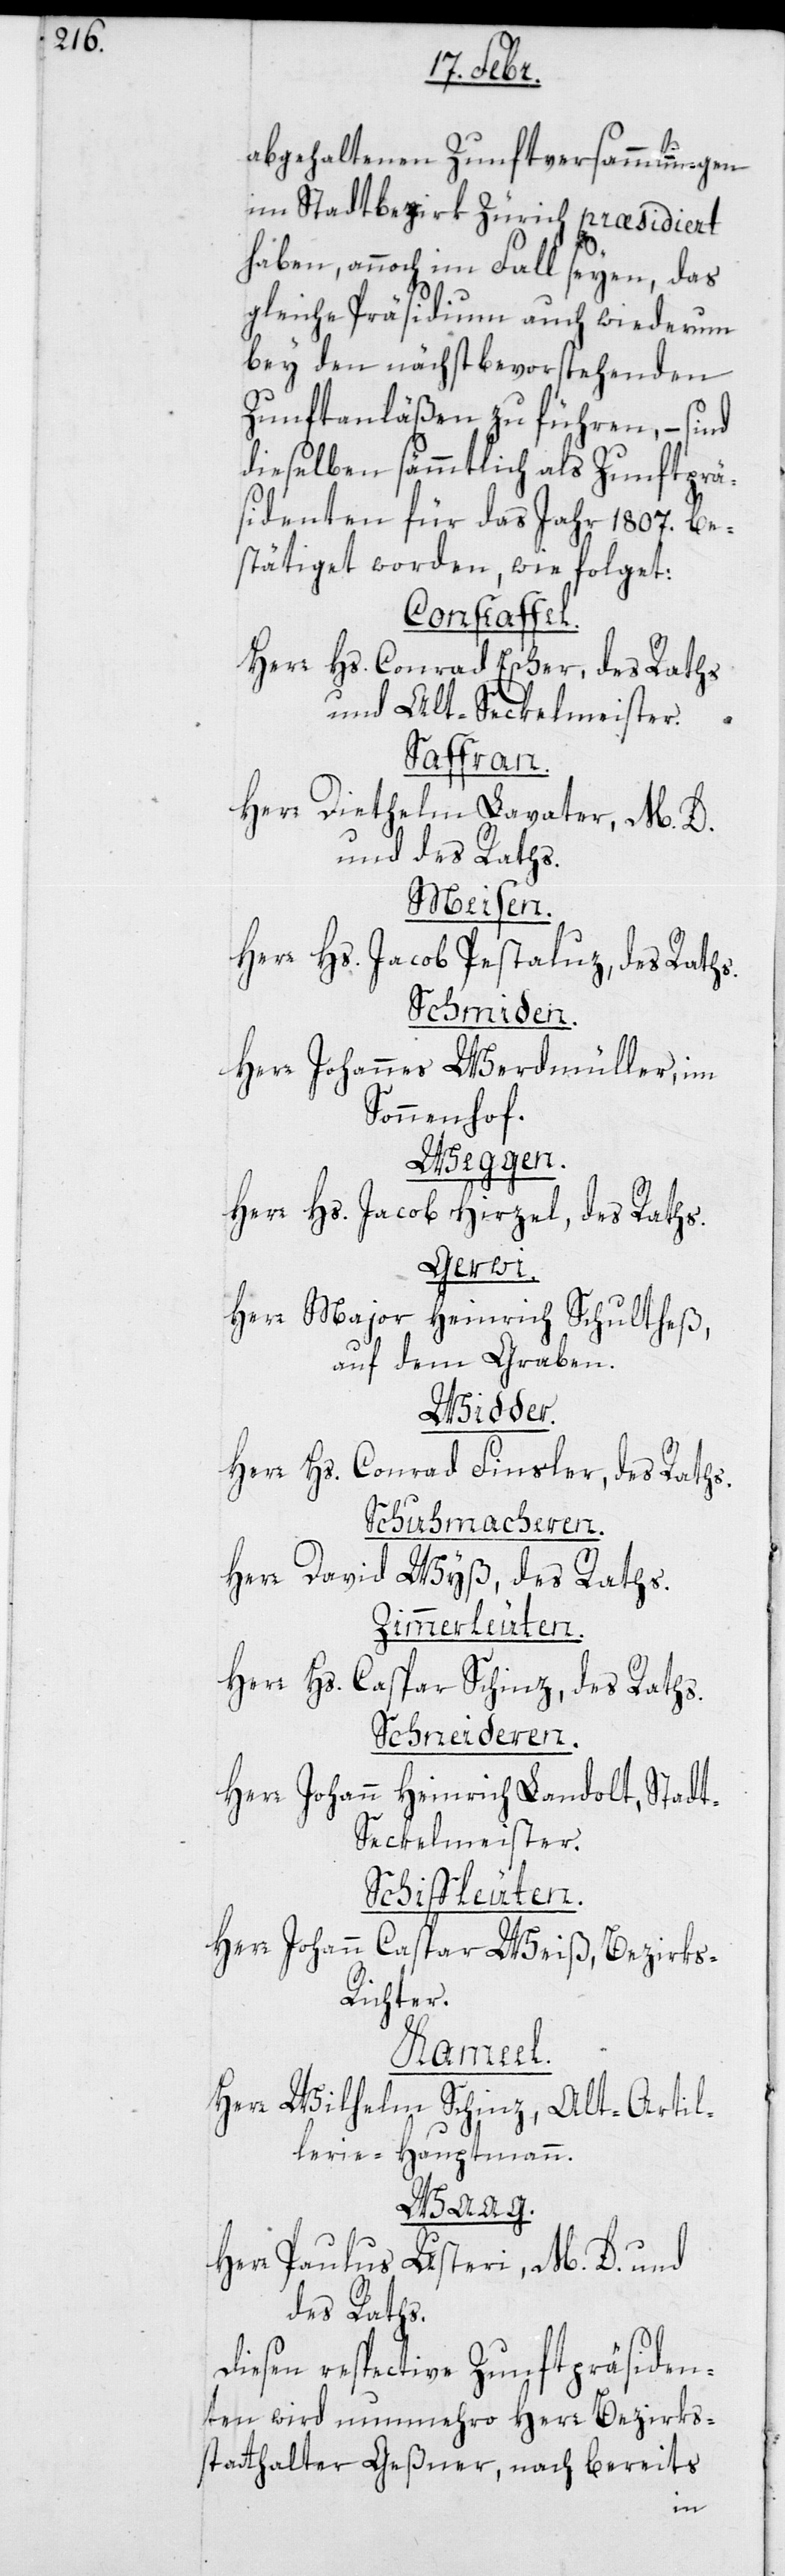
gehaltenen Zunftversammlungen
im Stadtbezirk Zürich præsidiert
haben, annoch im Fall seyen, das
gleiche Präsidium auch wiederum
bey den nächstbevorstehenden
Zunftanläßen zu führen, – sind
dieselben sämmtlich als Zunftprä¬
sidenten für das Jahr 1807. be¬
stätiget worden, wie folget:
Constaffel.
Herr Hs. Conrad Escher, des Raths
und Alt-Seckelmeister.
Saffran.
Herr Diethelm Lavater, M.D.
und des Raths.
Meisen.
Herr Hs. Jacob Pestaluz, des Raths.
Schmiden.
Herr Johannes Werdmüller, im
Sonnenhof.
Weggen.
Herr Hs. Jacob Hirzel, des Raths.
Gerwi.
Herr Major Heinrich Schultheß,
auf dem Graben.
Widder.
Herr Hs. Conrad Finsler, des Raths.
Schuhmacheren.
Herr David Wyß, des Raths.
Zimmerleuten.
Herr Hs. Caspar Schinz, des Raths.
Schneideren.
Herr Johann Heinrich Landolt, Stadt-S¬
eckelmeister.
Schiffleuten.
Herr Johann Caspar Weiß, Bezirks-R¬
ichter.
Kameel.
Herr Wilhelm Schinz, Alt-Artil¬
lerie-Hauptmann.
Waag.
Herr Paulus Usteri, M.D. und
des Raths.
Diesen respectiven Zunftpräsiden¬
ten wird nunmehro Herr Bezirks¬
statthalter Geßner, nach bereits